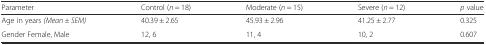
| Parameter | Control (n = 18) | Moderate (n = 15) | Severe (n = 12) | p value |
 | --- | --- | --- | --- | --- |
 | Age in years (Mean ± SEM) | 40.39 ± 2.65 | 45.93 ± 2.96 | 41.25 ± 2.77 | 0.325 |
 | Gender Female, Male | 12, 6 | 11, 4 | 10, 2 | 0.607 |